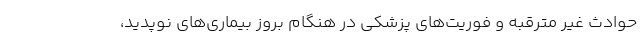
حوادث غیر مترقبه و فوریت‌های پزشکی در هنگام بروز بیماری‌های نوپدید،